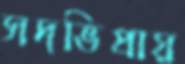
সদভিপ্রায়